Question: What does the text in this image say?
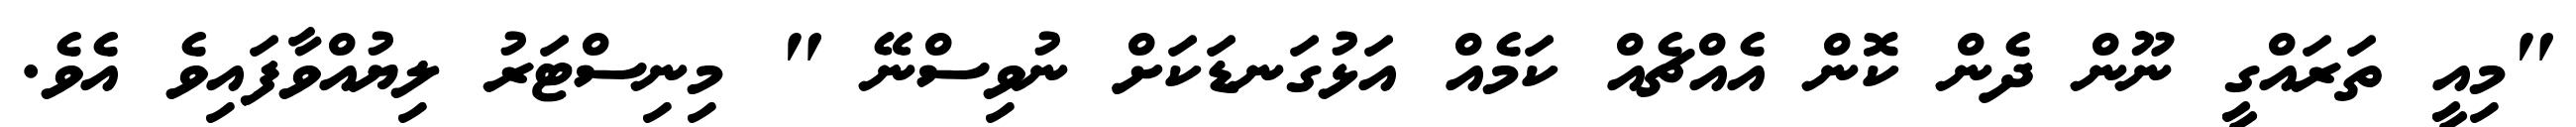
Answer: "މިއީ ތަރައްގީ ނޫން ދެން ކޮން އެއްޗެއް ކަމެއް އަޅުގަނޑަކަށް ނުވިސްނޭ " މިނިސްޓަރު ލިޔުއްވާފައިވެ އެވެ.